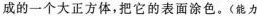
成的一个大正方体，把它的表面涂色。(能力